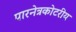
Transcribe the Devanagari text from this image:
पारनेत्रकोटरीय